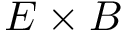
E \times B